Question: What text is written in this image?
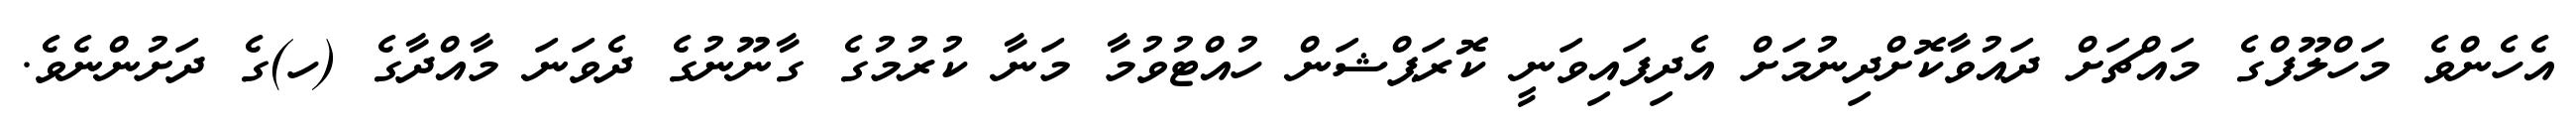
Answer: އެހެންވެ މަހްލޫފްގެ މައްޗަށް ދައުވާކޮށްދިނުމަށް އެދިފައިވަނީ ކޮރަޕްޝަން ހުއްޓުވުމާ މަނާ ކުރުމުގެ ގާނޫނުގެ ދެވަނަ މާއްދާގެ (ހ)ގެ ދަށުންނެވެ.